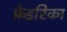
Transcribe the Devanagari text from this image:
फ्रेडरिका